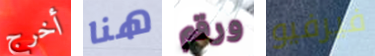
أخرج هنا ورقم فيرفيو